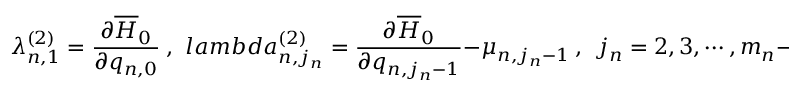
\lambda _ { n , 1 } ^ { ( 2 ) } = \frac { \partial \overline { { { H } } } _ { 0 } } { \partial q _ { n , 0 } } \ , \ \, l a m b d a _ { n , j _ { n } } ^ { ( 2 ) } = \frac { \partial \overline { { { H } } } _ { 0 } } { \partial q _ { n , j _ { n } - 1 } } - \mu _ { n , j _ { n } - 1 } \ , \ \ j _ { n } = 2 , 3 , \cdots , m _ { n } - 1 \ .